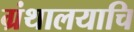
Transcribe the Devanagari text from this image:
ग्रंथालयाचि